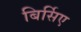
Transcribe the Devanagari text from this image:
बिर्सिए